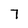
Character: 7